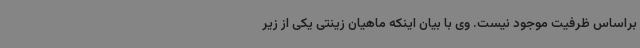
براساس ظرفیت موجود نیست. وی با بیان اینکه ماهیان زینتی یکی از زیر